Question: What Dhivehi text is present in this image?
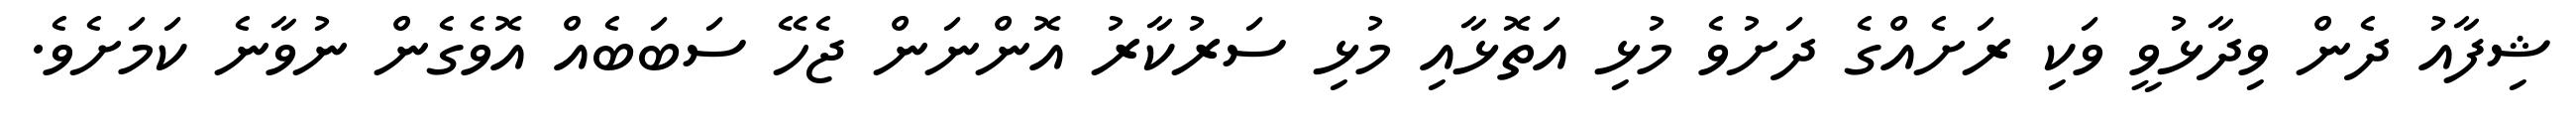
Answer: ޝިފާއު ދެން ވިދާޅުވީ ވަކި ރަށެއްގެ ދަށުވެ މުޅި އަތޮޅާއި މުޅި ސަރުކާރު އޮންނަން ޖެހޭ ސަބަބެއް އޮވެގެން ނުވާނެ ކަމަށެވެ.